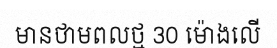
មានថាមពលថ្ម 30 ម៉ោងលើ